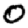
Digit: 0